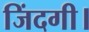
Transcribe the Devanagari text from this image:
जिंदगी।